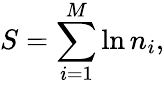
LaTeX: S=\sum_{i=1}^{M}\ln n_{i},